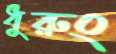
ধুরুং